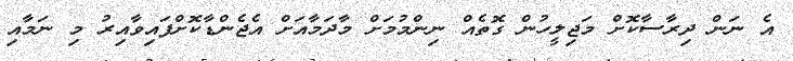
އެ ނަން ދިރާސާކޮށް މަޖިލީހުން ގޮތެއް ނިންމުމަށް މާދަމާއަށް އެޖެންޑާކޮށްފައިވާއިރު މި ނަމާއި